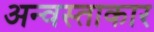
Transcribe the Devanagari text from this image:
अन्वस्ताकार